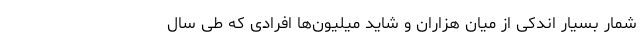
شمارِ بسیار اندکی از میان هزاران و شاید میلیون‌ها افرادی که طی سال